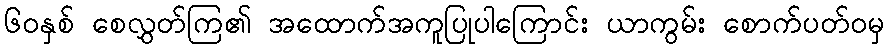
၆၀နှစ် စေလွှတ်ကြ၏ အထောက်အကူပြုပါကြောင်း ယာကွမ်း စောက်ပတ်ဝမှ